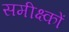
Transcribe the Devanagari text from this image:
समीक्ष्कों